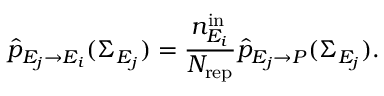
\widehat { p } _ { E _ { j } \rightarrow E _ { i } } ( \Sigma _ { E _ { j } } ) = \frac { n _ { E _ { i } } ^ { \mathrm { i n } } } { N _ { \mathrm { r e p } } } \widehat { p } _ { E _ { j } \rightarrow P } ( \Sigma _ { E _ { j } } ) .